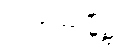
ဂျကာတာမြို့၌